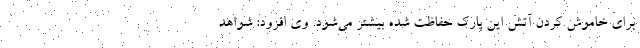
برای خاموش کردن آتش این پارک حفاظت شده بیشتر می‌شود. وی افزود: شواهد